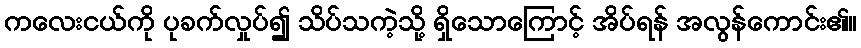
ကလေးငယ်ကို ပုခက်လှုပ်၍ သိပ်သကဲ့သို့ ရှိသောကြောင့် အိပ်ရန် အလွန်ကောင်း၏။